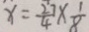
x = \frac { 2 7 } { 4 } \times \frac { 1 } { 8 }